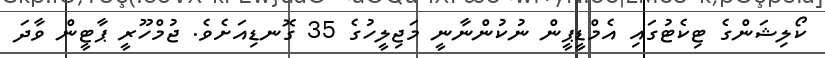
ކޯލިޝަންގެ ޓިކެޓުގައި އެމްޑީޕީން ނުކުންނާނީ މަޖިލީހުގެ 35 ގޮނޑިއަށެވެ. ޖުމްހޫރީ ޕާޓީން ވާދަ